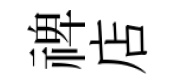
禆店